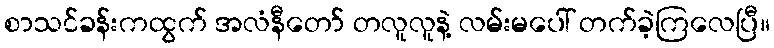
စာသင်ခန်းကထွက် အလံနီတော် တလူလူနဲ့ လမ်းမပေါ် တက်ခဲ့ကြလေပြီ။